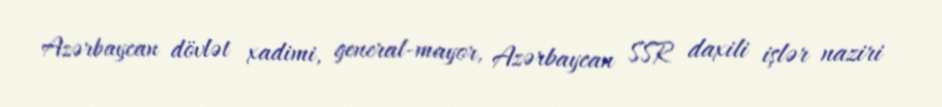
Azərbaycan dövlət xadimi, general-mayor, Azərbaycan SSR daxili işlər naziri